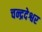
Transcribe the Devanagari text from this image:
चन्द्रदेश्वर